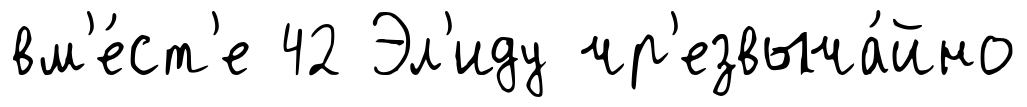
вм'е́ст'е 42 Эл'иду чр'езвыча́йно